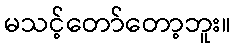
မသင့်တော်တော့ဘူး။